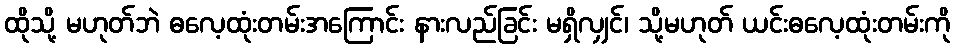
ထိုသို့ မဟုတ်ဘဲ ဓလေ့ထုံးတမ်းအကြောင်း နားလည်ခြင်း မရှိလျှင်၊ သို့မဟုတ် ယင်းဓလေ့ထုံးတမ်းကို